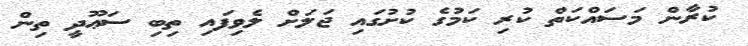
ކުރާން މަސައްކަތް ކުރި ކަމުގެ ކުށުގައި ޖަލަށް ލެވިފައި ތިބި ސަޢޫދީ ތިން